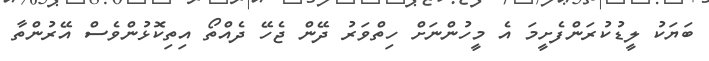
ބަޔަކު ލީޑުކުރަންފެށީމަ އެ މީހުންނަށް ހިތްވަރު ދޭން ޖެހޭ ދެއްތޯ އިތިކޮޅުންވެސް އޭރުންތާ